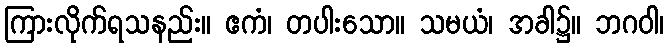
ကြားလိုက်ရသနည်း။ ဧကံ၊ တပါးသော။ သမယံ၊ အခါ၌။ ဘဂဝါ၊